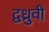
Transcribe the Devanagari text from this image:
द्वध्रुवी